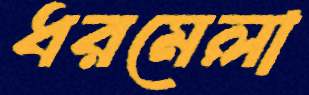
ধরমেলা